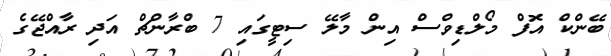
ބޭންކް އޮފް މޯލްޑިވްސް އިން މާލޭ ސިޓީގައި 7 ބްރާންޗް އަދި ރާއްޖޭގެ